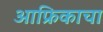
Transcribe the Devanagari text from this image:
आफ्रिकाचा